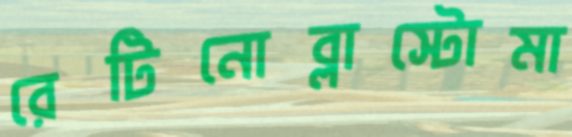
রেটিনোব্লাস্টোমা